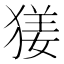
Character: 𤟲